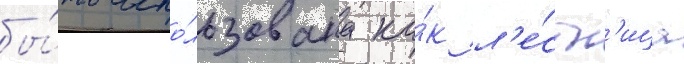
бы́ть испо́льзована ка́к л'е́стн'ица